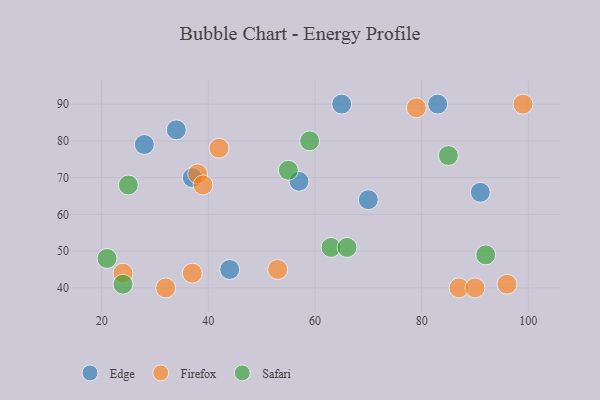
{"axis": {"x": "GDP", "y": "Life Expectancy"}, "legend": ["Edge", "Firefox", "Safari"], "data": [{"x": "57", "y": 69, "type": "Edge"}, {"x": "37", "y": 70, "type": "Edge"}, {"x": "44", "y": 45, "type": "Edge"}, {"x": "65", "y": 90, "type": "Edge"}, {"x": "70", "y": 64, "type": "Edge"}, {"x": "83", "y": 90, "type": "Edge"}, {"x": "91", "y": 66, "type": "Edge"}, {"x": "34", "y": 83, "type": "Edge"}, {"x": "28", "y": 79, "type": "Edge"}, {"x": "37", "y": 44, "type": "Firefox"}, {"x": "38", "y": 71, "type": "Firefox"}, {"x": "53", "y": 45, "type": "Firefox"}, {"x": "79", "y": 89, "type": "Firefox"}, {"x": "42", "y": 78, "type": "Firefox"}, {"x": "39", "y": 68, "type": "Firefox"}, {"x": "32", "y": 40, "type": "Firefox"}, {"x": "99", "y": 90, "type": "Firefox"}, {"x": "87", "y": 40, "type": "Firefox"}, {"x": "90", "y": 40, "type": "Firefox"}, {"x": "24", "y": 44, "type": "Firefox"}, {"x": "96", "y": 41, "type": "Firefox"}, {"x": "55", "y": 72, "type": "Safari"}, {"x": "85", "y": 76, "type": "Safari"}, {"x": "92", "y": 49, "type": "Safari"}, {"x": "25", "y": 68, "type": "Safari"}, {"x": "59", "y": 80, "type": "Safari"}, {"x": "63", "y": 51, "type": "Safari"}, {"x": "21", "y": 48, "type": "Safari"}, {"x": "66", "y": 51, "type": "Safari"}, {"x": "24", "y": 41, "type": "Safari"}]}